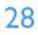
28